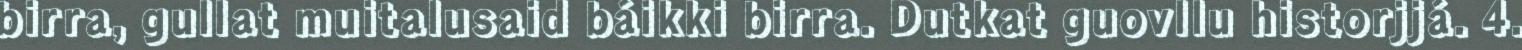
birra, gullat muitalusaid báikki birra. Dutkat guovllu historjjá. 4.